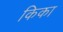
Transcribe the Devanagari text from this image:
किका